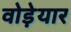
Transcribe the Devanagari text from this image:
वोड़ेयार